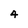
Character: 4